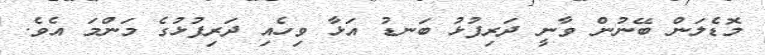
މޮޑެލަން ބޭނުން ވާނީ ދަރިފުޅު ބަނޑު އަޅާ ވިހެއި ދަރިފުޅުގެ މަންމަ އެވެ.